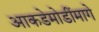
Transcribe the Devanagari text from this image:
आकडेमोडींमागे